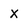
Character: x